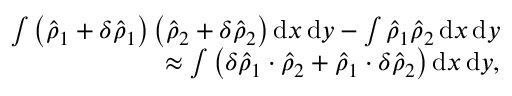
\begin{array} { r } { \int \left( \hat { \rho } _ { 1 } + \delta \hat { \rho } _ { 1 } \right) \left( \hat { \rho } _ { 2 } + \delta \hat { \rho } _ { 2 } \right) \mathrm { d } x \, \mathrm { d } y - \int \hat { \rho } _ { 1 } \hat { \rho } _ { 2 } \, \mathrm { d } x \, \mathrm { d } y } \\ { \approx \int \left( \delta \hat { \rho } _ { 1 } \cdot \hat { \rho } _ { 2 } + \hat { \rho } _ { 1 } \cdot \delta \hat { \rho } _ { 2 } \right) \mathrm { d } x \, \mathrm { d } y , } \end{array}